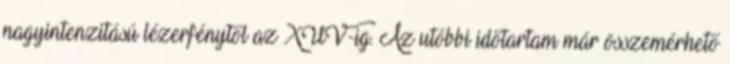
nagyintenzitású lézerfénytől az XUV-ig. Az utóbbi időtartam már összemérhető